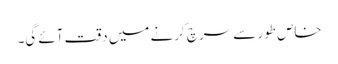
خاص طور سے سرچ کرنے میں دقت آئے گی۔